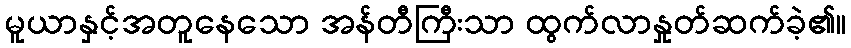
မူယာနှင့်အတူနေသော အန်တီကြီးသာ ထွက်လာနှုတ်ဆက်ခဲ့၏။